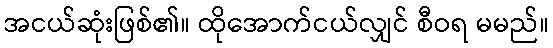
အငယ်ဆုံးဖြစ်၏။ ထိုအောက်ငယ်လျှင် စီဝရ မမည်။